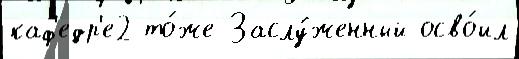
каф'едр'е2 то́же Заслу́женный осво́ил